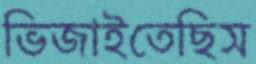
ভিজাইতেছিস